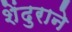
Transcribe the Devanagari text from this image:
शेंदुराने